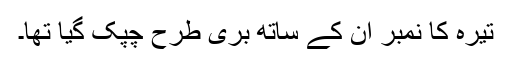
تیرہ کا نمبر ان کے ساتھ بری طرح چپک گیا تھا۔